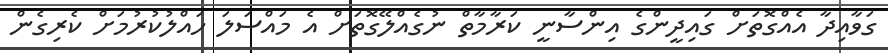
ގަވާއިދާ އެއްގޮތަށް ގައިދީންގެ އިންސާނީ ކަރާމާތް ނުގެއްލޭގޮތަށް އެ މައްސަލަ ހައްލުކުރުމަށް ކެރިގެން